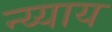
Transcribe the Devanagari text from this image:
न्य्याय